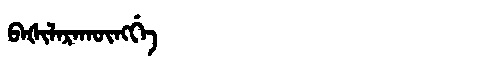
Manchu: ᠪᠠᡧᡳᠯᠠᡵᠠᡴᡡᠩᡤᡝ
Romanization: BAŠILARAKŪNGGE